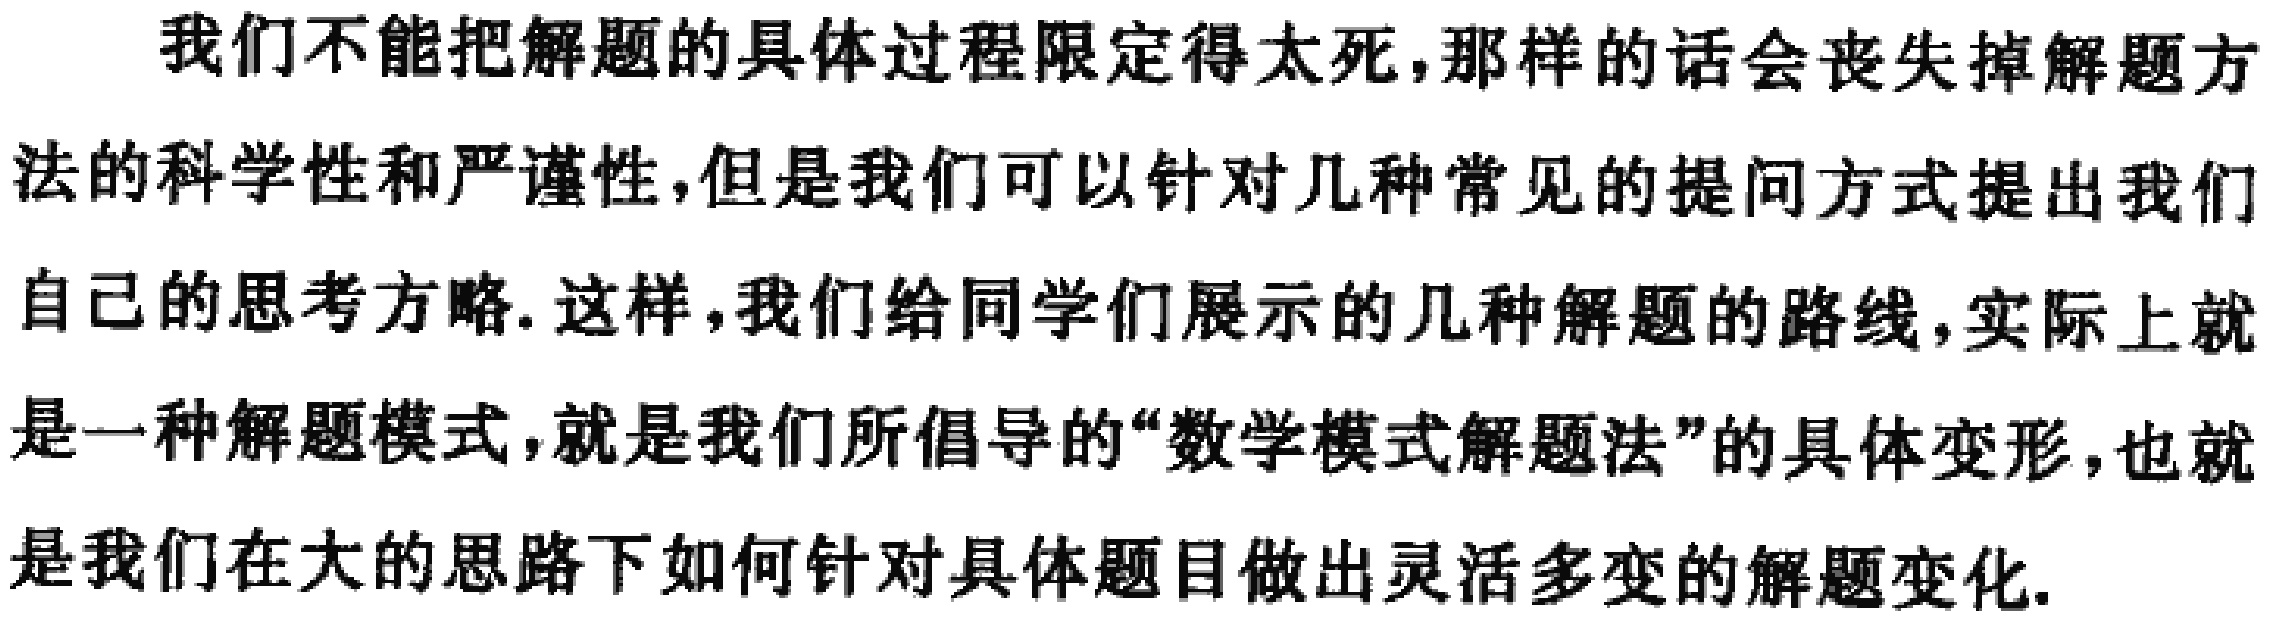
我们不能把解题的具体过程限定得太死，那样的话会丧失掉解题方法的科学性和严谨性，但是我们可以针对几种常见的提问方式提出我们自己的思考方略. 这样，我们给同学们展示的几种解题的路线，实际上就是一种解题模式，就是我们所倡导的“数学模式解题法”的具体变形，也就是我们在大的思路下如何针对具体题目做出灵活多变的解题变化.